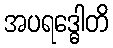
အပရဒ္ဓေါတိ